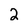
Character: 2